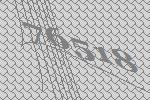
76518